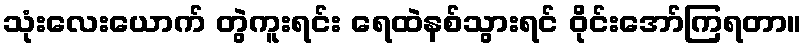
သုံးလေးယောက် တွဲကူးရင်း ရေထဲနစ်သွားရင် ဝိုင်းအော်ကြရတာ။